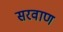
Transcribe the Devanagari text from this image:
सरवाण